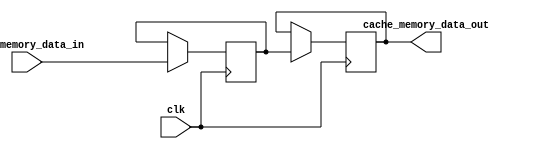
module cache_memory (
  input wire clk,
  input wire [31:0] main_memory_data_in,
  output reg [31:0] cache_memory_data_out
);

// Define cache memory data storage unit
reg [31:0] cache_data_storage;

// Define control logic for managing data retrieval and storage operations
always @ (posedge clk) begin
  // Read operation
  if (read_enable) begin
    cache_memory_data_out <= cache_data_storage;
  end
  
  // Write operation
  if (write_enable) begin
    cache_data_storage <= main_memory_data_in;
  end
end

endmodule